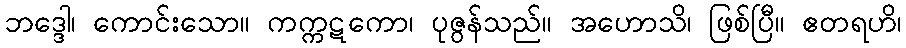
ဘဒ္ဒေါ၊ ကောင်းသော။ ကက္ကဋကော၊ ပုဇွန်သည်။ အဟောသိ၊ ဖြစ်ပြီ။ ဧတရဟိ၊